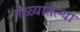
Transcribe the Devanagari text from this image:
तळ्यातल्या